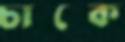
চাব্‌কে